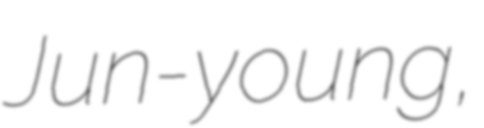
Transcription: Jun-young,